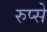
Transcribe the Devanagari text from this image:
रुप्से